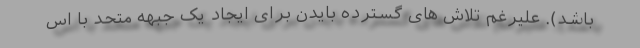
باشد). علیرغم تلاش های گسترده بایدن برای ایجاد یک جبهه متحد با اس